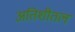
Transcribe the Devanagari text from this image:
अतिशीतल